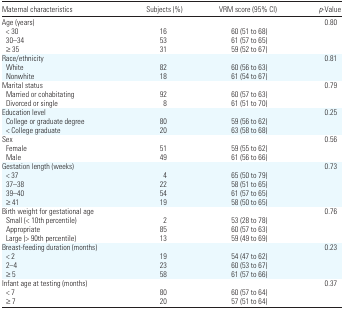
<table><thead><tr><td><b>Maternal characteristics</b></td><td><b>Subjects (%)</b></td><td><b>VRM score (95% CI)</b></td><td><b><i>p</i>-Value</b></td></tr></thead><tbody><tr><td colspan="3">Age (years)</td><td>0.80</td></tr><tr><td> &lt; 30</td><td>16</td><td>60 (51 to 68)</td><td>[EMPTY_CELL]</td></tr><tr><td> 30–34</td><td>53</td><td>61 (57 to 65)</td><td>[EMPTY_CELL]</td></tr><tr><td> ≥35</td><td>31</td><td>59 (52 to 67)</td><td>[EMPTY_CELL]</td></tr><tr><td colspan="3">Race/ethnicity</td><td>0.81</td></tr><tr><td> White</td><td>82</td><td>60 (56 to 63)</td><td>[EMPTY_CELL]</td></tr><tr><td> Nonwhite</td><td>18</td><td>61 (54 to 67)</td><td>[EMPTY_CELL]</td></tr><tr><td colspan="3">Marital status</td><td>0.79</td></tr><tr><td> Married or cohabitating</td><td>92</td><td>60 (57 to 63)</td><td>[EMPTY_CELL]</td></tr><tr><td> Divorced or single</td><td>8</td><td>61 (51 to 70)</td><td>[EMPTY_CELL]</td></tr><tr><td colspan="3">Education level</td><td>0.25</td></tr><tr><td> College or graduate degree</td><td>80</td><td>59 (56 to 62)</td><td>[EMPTY_CELL]</td></tr><tr><td> &lt; College graduate</td><td>20</td><td>63 (58 to 68)</td><td>[EMPTY_CELL]</td></tr><tr><td colspan="3">Sex</td><td>0.56</td></tr><tr><td> Female</td><td>51</td><td>59 (55 to 62)</td><td>[EMPTY_CELL]</td></tr><tr><td> Male</td><td>49</td><td>61 (56 to 66)</td><td>[EMPTY_CELL]</td></tr><tr><td colspan="3">Gestation length (weeks)</td><td>0.73</td></tr><tr><td> &lt; 37</td><td>4</td><td>65 (50 to 79)</td><td>[EMPTY_CELL]</td></tr><tr><td> 37–38</td><td>22</td><td>58 (51 to 65)</td><td>[EMPTY_CELL]</td></tr><tr><td> 39–40</td><td>54</td><td>61 (57 to 65)</td><td>[EMPTY_CELL]</td></tr><tr><td> ≥41</td><td>19</td><td>58 (50 to 65)</td><td>[EMPTY_CELL]</td></tr><tr><td colspan="3">Birth weight for gestational age</td><td>0.76</td></tr><tr><td> Small (&lt; 10th percentile)</td><td>2</td><td>53 (28 to 78)</td><td>[EMPTY_CELL]</td></tr><tr><td> Appropriate</td><td>85</td><td>60 (57 to 63)</td><td>[EMPTY_CELL]</td></tr><tr><td> Large (&gt; 90th percentile)</td><td>13</td><td>59 (49 to 69)</td><td>[EMPTY_CELL]</td></tr><tr><td colspan="3">Breast-feeding duration (months)</td><td>0.23</td></tr><tr><td> &lt; 2</td><td>19</td><td>54 (47 to 62)</td><td>[EMPTY_CELL]</td></tr><tr><td> 2–4</td><td>23</td><td>60 (53 to 67)</td><td>[EMPTY_CELL]</td></tr><tr><td> ≥5</td><td>58</td><td>61 (57 to 66)</td><td>[EMPTY_CELL]</td></tr><tr><td colspan="3">Infant age at testing (months)</td><td>0.37</td></tr><tr><td> &lt; 7</td><td>80</td><td>60 (57 to 64)</td><td>[EMPTY_CELL]</td></tr><tr><td> ≥7</td><td>20</td><td>57 (51 to 64)</td><td>[EMPTY_CELL]</td></tr></tbody></table>